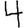
Digit: 4